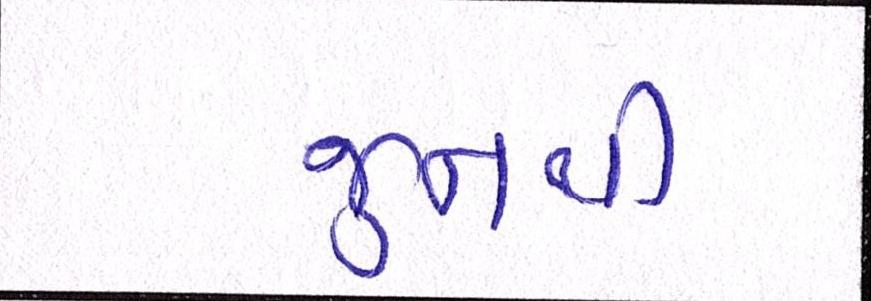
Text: જુનથી